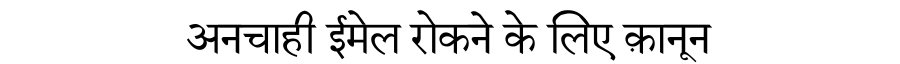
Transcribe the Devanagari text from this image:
अनचाही ईमेल रोकने के लिए क़ानून